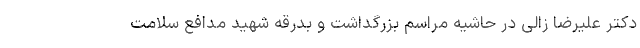
دکتر علیرضا زالی در حاشیه مراسم بزرگداشت و بدرقه شهید مدافع سلامت